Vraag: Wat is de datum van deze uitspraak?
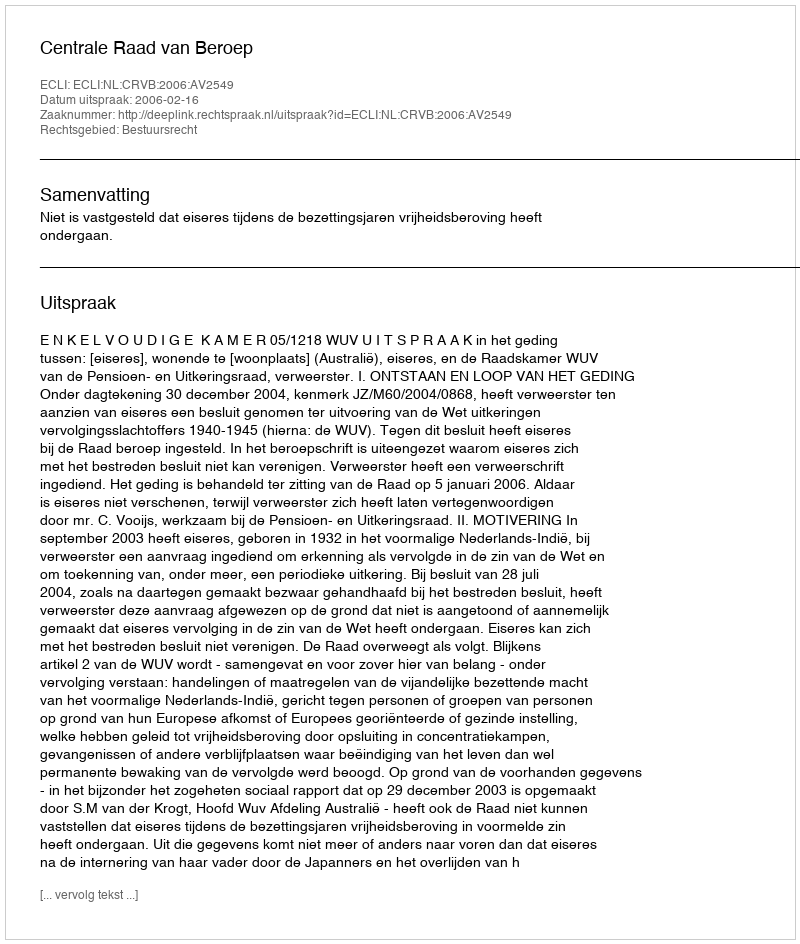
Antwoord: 2006-02-16